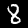
Digit: 8